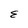
Character: E